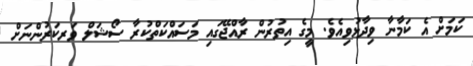
ކަމަށް އެ ކަމާނާ ވިދާޅުވިއެވެ. މީގެ އިތުރުން ރާއްޖޭގައި މަސައްކަތްކުރާ ސޯޝަލް ވަރކަރުންނަށް